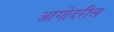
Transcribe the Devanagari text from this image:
आगोदरील